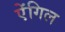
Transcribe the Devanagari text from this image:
ऐंगिल